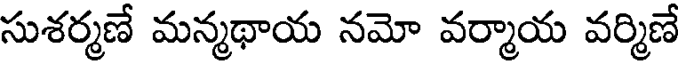
సుశర్మణే మన్మథాయ నమో వర్మాయ వర్మిణే